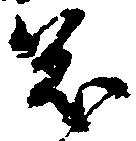
茂